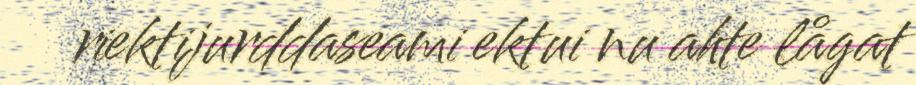
riektijurddaseami ektui nu ahte lågat